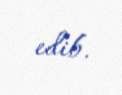
edib.